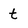
Character: t